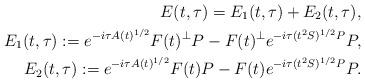
LaTeX: \begin{align*} E (t, \tau) = E_1 (t, \tau) + E_2 (t, \tau), \\ E_1 (t, \tau) := e^{-i\tau A(t)^{1/2}} F(t)^{\perp} P - F(t)^{\perp} e^{-i\tau (t^2 S)^{1/2}P} P, \\ E_2 (t, \tau) := e^{-i\tau A(t)^{1/2}} F(t) P - F(t) e^{-i\tau (t^2 S)^{1/2}P} P.\end{align*}